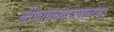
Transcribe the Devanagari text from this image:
लोणावळ्याजवळच्या